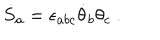
{ \dot { S } } _ { a } = \epsilon _ { a b c } { \dot { \theta } } _ { b } \theta _ { c } \ .